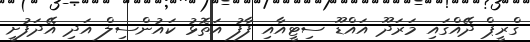
ގްރީޕް ދޭއްގައި މަރަދޫ އައްޑޫ ސިޓީއާއި ފާފު އަތޮޅު ކައުންސިލް އަދި އޭދަފުށީ